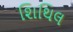
શિથિલ